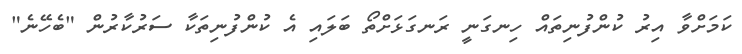
ކަމަށްވާ އިރު ކުންފުނިތައް ހިނގަނީ ރަނގަޅަށްތޯ ބަލައި އެ ކުންފުނިތަކާ ސަރުކާރުން "ބެހޭނެ"